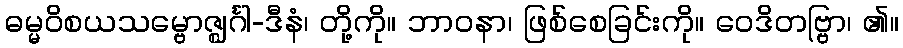
ဓမ္မဝိစယသမ္ဗောဇ္ဈင်္ဂါ-ဒီနံ၊ တို့ကို။ ဘာဝနာ၊ ဖြစ်စေခြင်းကို။ ဝေဒိတဗ္ဗြာ၊ ၏။